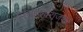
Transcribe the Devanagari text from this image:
द्वारकेश्वराजवळ